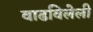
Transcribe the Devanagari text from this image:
वाढविलेली